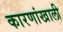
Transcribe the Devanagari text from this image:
कारणांखाली